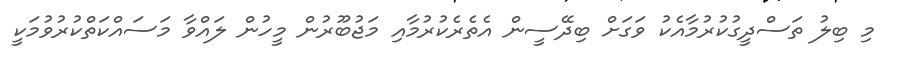
މި ބިލު ތަސްދީގުކުރުމާއެކު ވަގަށް ބިދޭސީން އެތެރެކުރުމާއި މަޖުބޫރުން މީހުން ލައްވާ މަސައްކަތްކުރުވުމަކީ